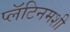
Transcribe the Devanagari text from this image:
प्लॅटिनमशी